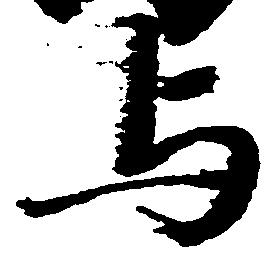
与